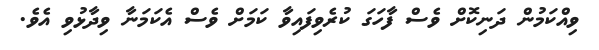
ވިއްކަމުން ދަނިކޮށް ވެސް ފާހަގަ ކުރެވިފައިވާ ކަމަށް ވެސް އެކަމަނާ ވިދާޅުވި އެވެ.